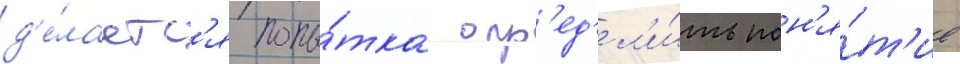
д'е́лаетс'я попы́тка опр'ед'ел'и́ть пон'я́т'ие